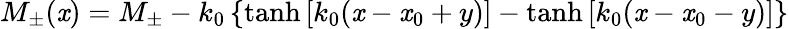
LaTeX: M_{\pm}(\mathit{x})=M_{\pm}-k_{0}\left\{ \operatorname{tanh}\left[k_{0}(\mathit{x}-\mathit{x}_{0}+y)\right]-\operatorname{tanh}\left[k_{0}(\mathit{x}-\mathit{x}_{0}-y)\right]\right\}